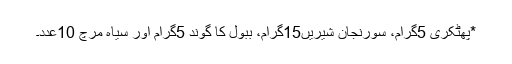
*پھٹکری 5گرام، سورنجان شیریں15گرام، ببول کا گوند 5گرام اور سیاہ مرچ 10عدد۔